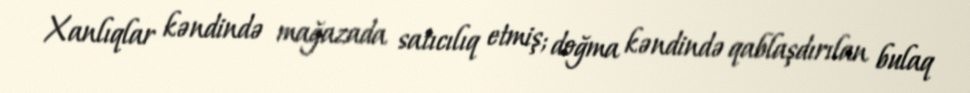
Xanlıqlar kəndində mağazada satıcılıq etmiş; doğma kəndində qablaşdırılan bulaq